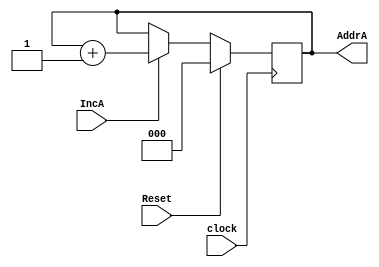
module ThreeBitCounter(AddrA, IncA,Reset, clock);
    output [2:0] AddrA;
    input IncA;
    input Reset;
    input clock;
    reg [2:0] AddrA;
    
    always @ (posedge clock)
    begin
        if (Reset == 1)
            AddrA <= 3'b000;
        else if (IncA == 1)
            AddrA <= AddrA+1;
    end 
endmodule